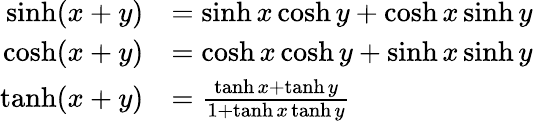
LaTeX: {\begin{array}{rl}{\sinh(x+y)}&{=\sinh x\cosh y+\cosh x\sinh y}\\ {\cosh(x+y)}&{=\cosh x\cosh y+\sinh x\sinh y}\\ {\operatorname{tanh}(x+y)}&{={\frac{\operatorname{tanh}x+\operatorname{tanh}y}{1+\operatorname{tanh}x\operatorname{tanh}y}}}\end{array}}